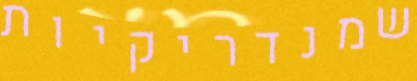
שמנדריקיות